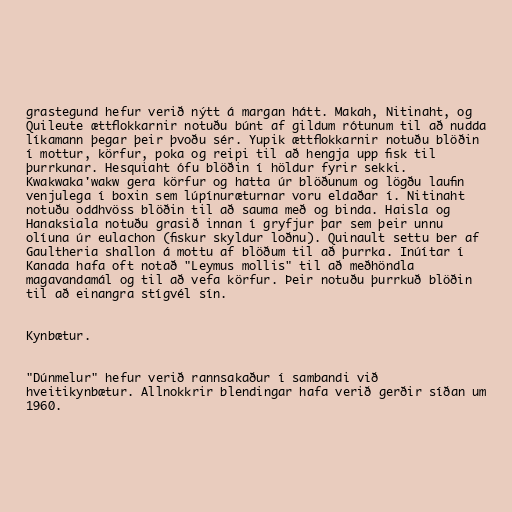
grastegund hefur verið nýtt á margan hátt. Makah, Nitinaht, og
Quileute ættflokkarnir notuðu búnt af gildum rótunum til að nudda
líkamann þegar þeir þvoðu sér. Yupik ættflokkarnir notuðu blöðin
í mottur, körfur, poka og reipi til að hengja upp fisk til
þurrkunar. Hesquiaht ófu blöðin í höldur fyrir sekki.
Kwakwaka'wakw gera körfur og hatta úr blöðunum og lögðu laufin
venjulega í boxin sem lúpínuræturnar voru eldaðar í. Nitinaht
notuðu oddhvöss blöðin til að sauma með og binda. Haisla og
Hanaksiala notuðu grasið innan í gryfjur þar sem þeir unnu
olíuna úr eulachon (fiskur skyldur loðnu). Quinault settu ber af
Gaultheria shallon á mottu af blöðum til að þurrka. Inúítar í
Kanada hafa oft notað "Leymus mollis" til að meðhöndla
magavandamál og til að vefa körfur. Þeir notuðu þurrkuð blöðin
til að einangra stígvél sín.

Kynbætur.

"Dúnmelur" hefur verið rannsakaður í sambandi við
hveitikynbætur. Allnokkrir blendingar hafa verið gerðir síðan um
1960.